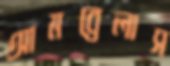
আমব্রেলাস